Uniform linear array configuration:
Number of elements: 8
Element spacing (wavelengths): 0.5
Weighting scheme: kaiser
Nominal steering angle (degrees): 0
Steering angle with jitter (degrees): -1.89
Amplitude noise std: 0.05
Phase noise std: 0.05

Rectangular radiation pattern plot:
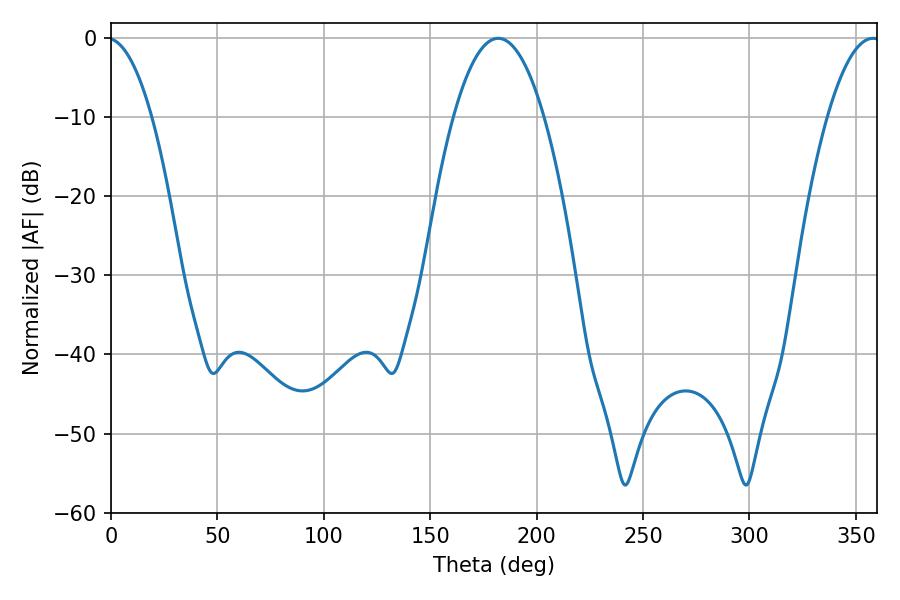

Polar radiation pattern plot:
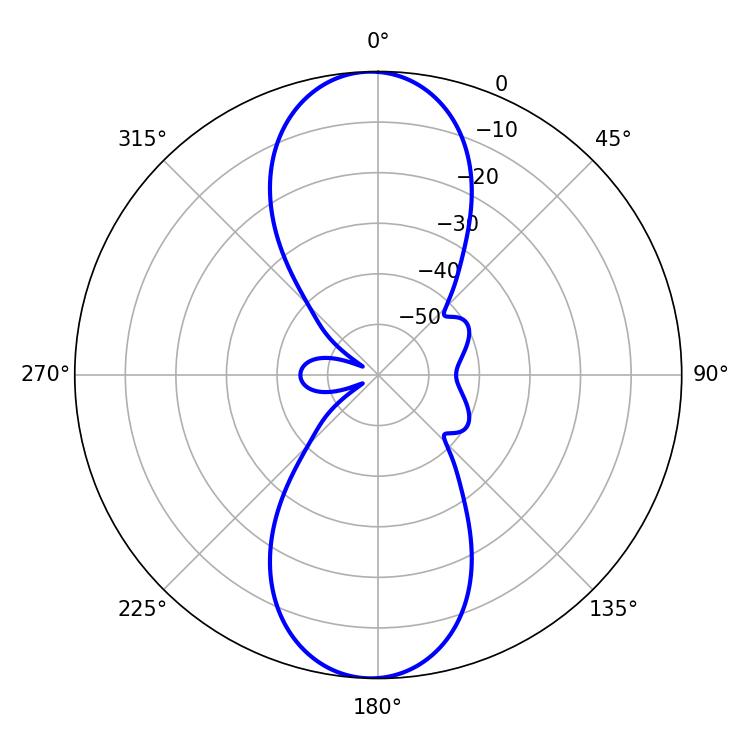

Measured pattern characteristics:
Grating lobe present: FALSE
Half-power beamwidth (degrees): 23.4
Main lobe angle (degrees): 181.98